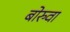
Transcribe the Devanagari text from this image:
बोरुवा